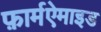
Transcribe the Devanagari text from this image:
फ़ार्मऐमाइड